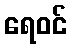
ရေဝင်